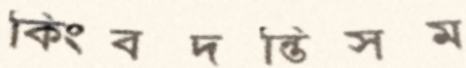
কিংবদন্তিসম